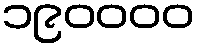
၁၉၀၀၀၀